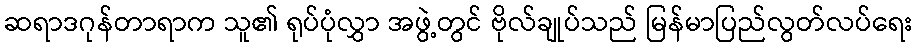
ဆရာဒဂုန်တာရာက သူ၏ ရုပ်ပုံလွှာ အဖွဲ့တွင် ဗိုလ်ချုပ်သည် မြန်မာပြည်လွတ်လပ်ရေး